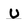
Character: u